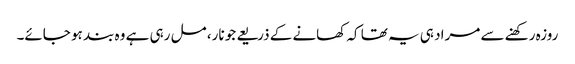
روزہ رکھنے سے مراد ہی یہ تھا کہ کھانے کے ذریعے جو نار، مل رہی ہے وہ بند ہو جائے۔